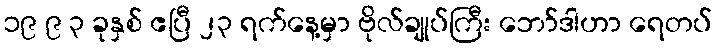
၁၉ ၉ ၃ ခုနှစ် ဧပြီ ၂၃ ရက်နေ့မှာ ဗိုလ်ချုပ်ကြီး ဘော်ဒါဟာ ရေတပ်